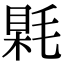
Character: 𣮰